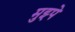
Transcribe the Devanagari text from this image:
मुझ्पे